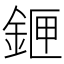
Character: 𨧄